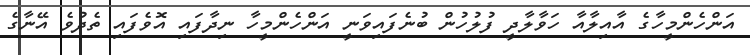
އަންހެންމީހާގެ އާއިލާއާ ހަވާލާދީ ފުލުހުން ބުނެފައިވަނީ އަންހެންމީހާ ނިދާފައި އޮވެފައި ތެދުވެ އޭނާގެ